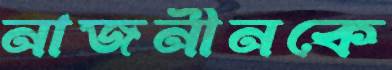
নাজনীনকে